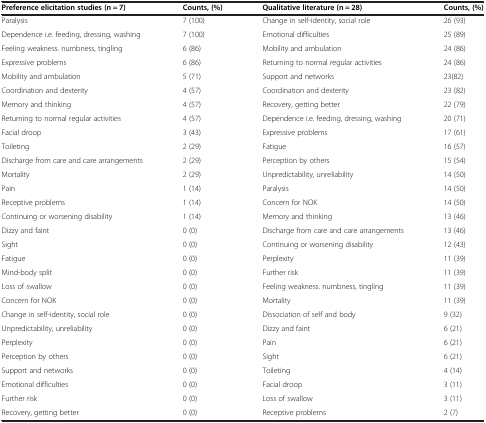
<table><thead><tr><td><b>Preference elicitation studies (n = 7)</b></td><td><b>Counts, (%)</b></td><td><b>Qualitative literature (n = 28)</b></td><td><b>Counts, (%)</b></td></tr></thead><tbody><tr><td>Paralysis</td><td>7 (100)</td><td>Change in self-identity, social role</td><td>26 (93)</td></tr><tr><td>Dependence i.e. feeding, dressing, washing</td><td>7 (100)</td><td>Emotional difficulties</td><td>25 (89)</td></tr><tr><td>Feeling weakness. numbness, tingling</td><td>6 (86)</td><td>Mobility and ambulation</td><td>24 (86)</td></tr><tr><td>Expressive problems</td><td>6 (86)</td><td>Returning to normal regular activities</td><td>24 (86)</td></tr><tr><td>Mobility and ambulation</td><td>5 (71)</td><td>Support and networks</td><td>23(82)</td></tr><tr><td>Coordination and dexterity</td><td>4 (57)</td><td>Coordination and dexterity</td><td>23 (82)</td></tr><tr><td>Memory and thinking</td><td>4 (57)</td><td>Recovery, getting better</td><td>22 (79)</td></tr><tr><td>Returning to normal regular activities</td><td>4 (57)</td><td>Dependence i.e. feeding, dressing, washing</td><td>20 (71)</td></tr><tr><td>Facial droop</td><td>3 (43)</td><td>Expressive problems</td><td>17 (61)</td></tr><tr><td>Toileting</td><td>2 (29)</td><td>Fatigue</td><td>16 (57)</td></tr><tr><td>Discharge from care and care arrangements</td><td>2 (29)</td><td>Perception by others</td><td>15 (54)</td></tr><tr><td>Mortality</td><td>2 (29)</td><td>Unpredictability, unreliability</td><td>14 (50)</td></tr><tr><td>Pain</td><td>1 (14)</td><td>Paralysis</td><td>14 (50)</td></tr><tr><td>Receptive problems</td><td>1 (14)</td><td>Concern for NOK</td><td>14 (50)</td></tr><tr><td>Continuing or worsening disability</td><td>1 (14)</td><td>Memory and thinking</td><td>13 (46)</td></tr><tr><td>Dizzy and faint</td><td>0 (0)</td><td>Discharge from care and care arrangements</td><td>13 (46)</td></tr><tr><td>Sight</td><td>0 (0)</td><td>Continuing or worsening disability</td><td>12 (43)</td></tr><tr><td>Fatigue</td><td>0 (0)</td><td>Perplexity</td><td>11 (39)</td></tr><tr><td>Mind-body split</td><td>0 (0)</td><td>Further risk</td><td>11 (39)</td></tr><tr><td>Loss of swallow</td><td>0 (0)</td><td>Feeling weakness. numbness, tingling</td><td>11 (39)</td></tr><tr><td>Concern for NOK</td><td>0 (0)</td><td>Mortality</td><td>11 (39)</td></tr><tr><td>Change in self-identity, social role</td><td>0 (0)</td><td>Dissociation of self and body</td><td>9 (32)</td></tr><tr><td>Unpredictability, unreliability</td><td>0 (0)</td><td>Dizzy and faint</td><td>6 (21)</td></tr><tr><td>Perplexity</td><td>0 (0)</td><td>Pain</td><td>6 (21)</td></tr><tr><td>Perception by others</td><td>0 (0)</td><td>Sight</td><td>6 (21)</td></tr><tr><td>Support and networks</td><td>0 (0)</td><td>Toileting</td><td>4 (14)</td></tr><tr><td>Emotional difficulties</td><td>0 (0)</td><td>Facial droop</td><td>3 (11)</td></tr><tr><td>Further risk</td><td>0 (0)</td><td>Loss of swallow</td><td>3 (11)</td></tr><tr><td>Recovery, getting better</td><td>0 (0)</td><td>Receptive problems</td><td>2 (7)</td></tr></tbody></table>